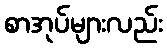
စာအုပ်များလည်း